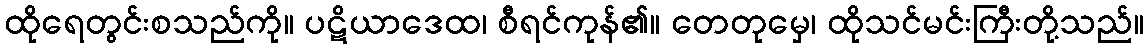
ထိုရေတွင်းစသည်ကို။ ပဋိယာဒေထ၊ စီရင်ကုန်၏။ တေတုမှေ၊ ထိုသင်မင်းကြီးတို့သည်။